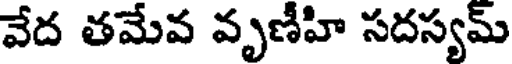
వేద తమేవ వృణీహి సదస్యమ్